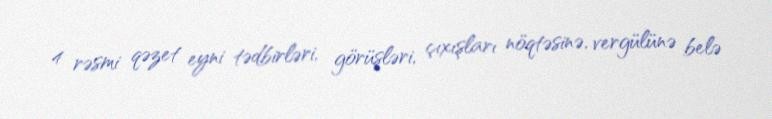
4 rəsmi qəzet eyni tədbirləri, görüşləri, çıxışları nöqtəsinə, vergülünə belə